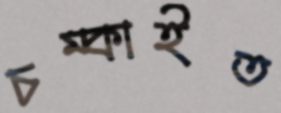
চম্‌কাইত